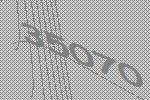
35070